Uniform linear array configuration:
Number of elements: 12
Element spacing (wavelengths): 0.25
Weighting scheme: cosine
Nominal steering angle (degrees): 30
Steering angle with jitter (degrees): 29.177
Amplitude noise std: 0.05
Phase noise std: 0.05

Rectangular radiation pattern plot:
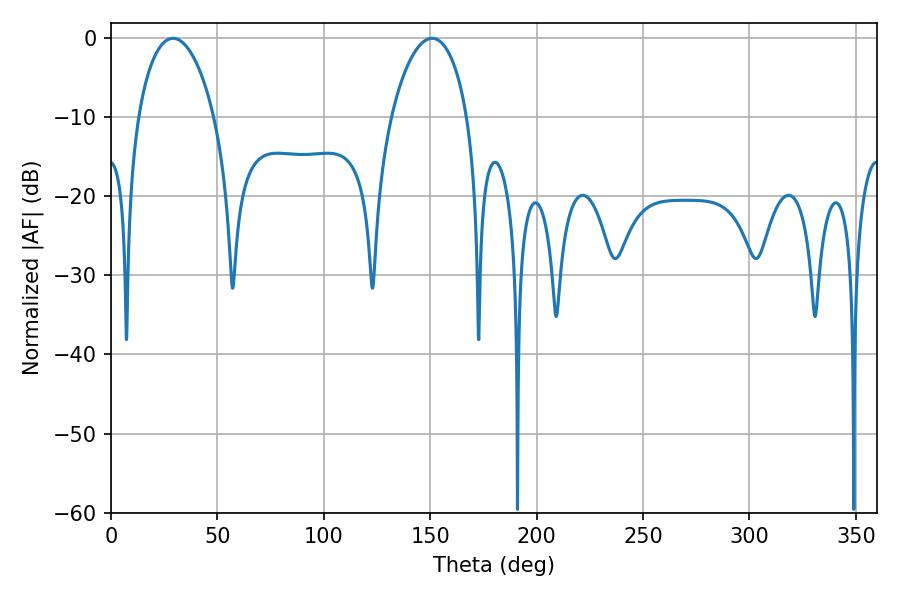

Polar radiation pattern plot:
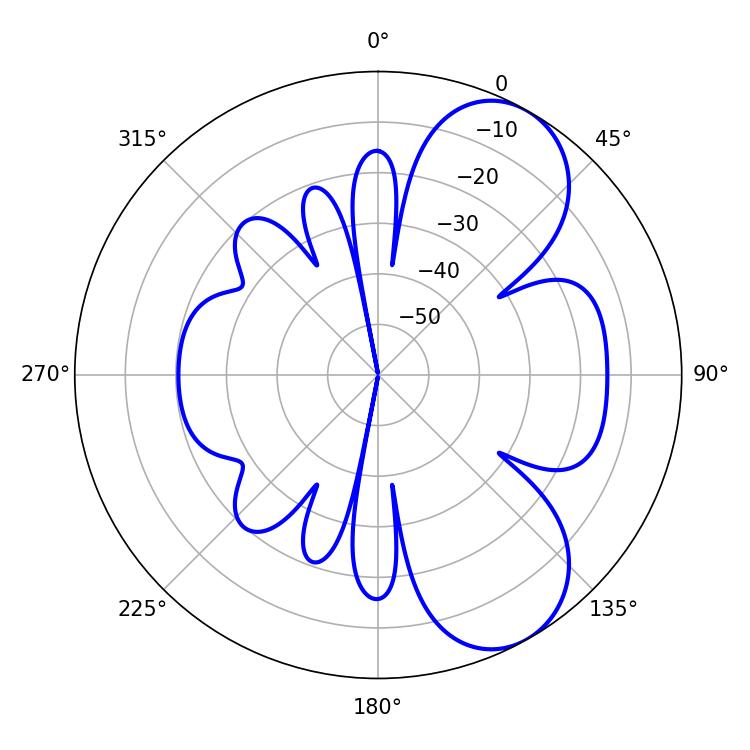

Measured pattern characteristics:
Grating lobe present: FALSE
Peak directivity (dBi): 7.166
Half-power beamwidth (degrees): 20.34
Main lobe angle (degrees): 29.16